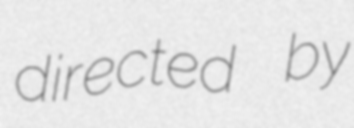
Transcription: directed by